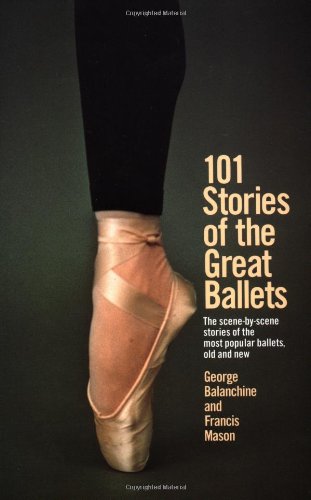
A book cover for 101 Stories of the Great Ballets: the Scene-by-scene Stories of the Most Popular Ballets, Old and New; George Balanchine; Humor & Entertainment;